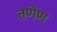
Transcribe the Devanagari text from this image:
तणेण